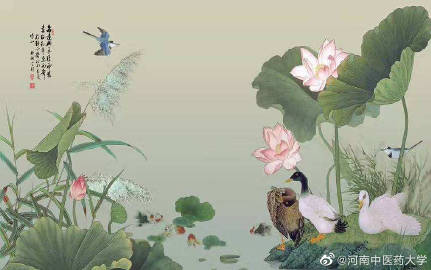
飒飒东风细雨来，芙蓉塘外有轻雷。